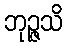
ဘုဉ္ဇသိ